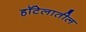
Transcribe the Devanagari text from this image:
हॉटेलातील